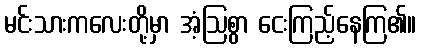
မင်းသားကလေးတို့မှာ အံ့ဩစွာ ငေးကြည့်နေကြ၏။